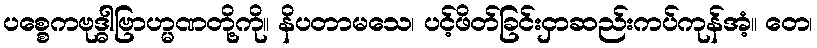
ပစ္စေကဗုဒ္ဓါဗြာဟ္မဏတို့ကို။ နိပတာမသေ၊ ပင့်ဖိတ်ခြင်းငှာဆည်းကပ်ကုန်အံ့။ တေ၊